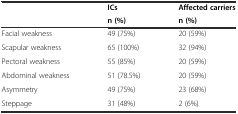
<table><thead><tr><td rowspan="2"></td><td><b>ICs</b></td><td><b>Affected carriers</b></td></tr><tr><td><b>n (%)</b></td><td><b>n (%)</b></td></tr></thead><tbody><tr><td>Facial weakness</td><td>49 (75%)</td><td>20 (59%)</td></tr><tr><td>Scapular weakness</td><td>65 (100%)</td><td>32 (94%)</td></tr><tr><td>Pectoral weakness</td><td>55 (85%)</td><td>20 (59%)</td></tr><tr><td>Abdominal weakness</td><td>51 (78.5%)</td><td>20 (59%)</td></tr><tr><td>Asymmetry</td><td>49 (75%)</td><td>23 (68%)</td></tr><tr><td>Steppage</td><td>31 (48%)</td><td>2 (6%)</td></tr></tbody></table>